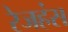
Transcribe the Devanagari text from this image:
रेजहंस